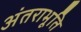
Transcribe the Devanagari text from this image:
अंतराभूति